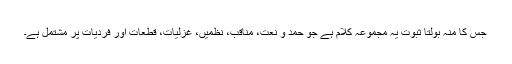
جس کا منہ بولتا ثبوت یہ مجموعہ کلام ہے جو حمد و نعت، مناقب، نظمیں، غزلیات، قطعات اور فردیات پر مشتمل ہے۔